Indian Medical Review
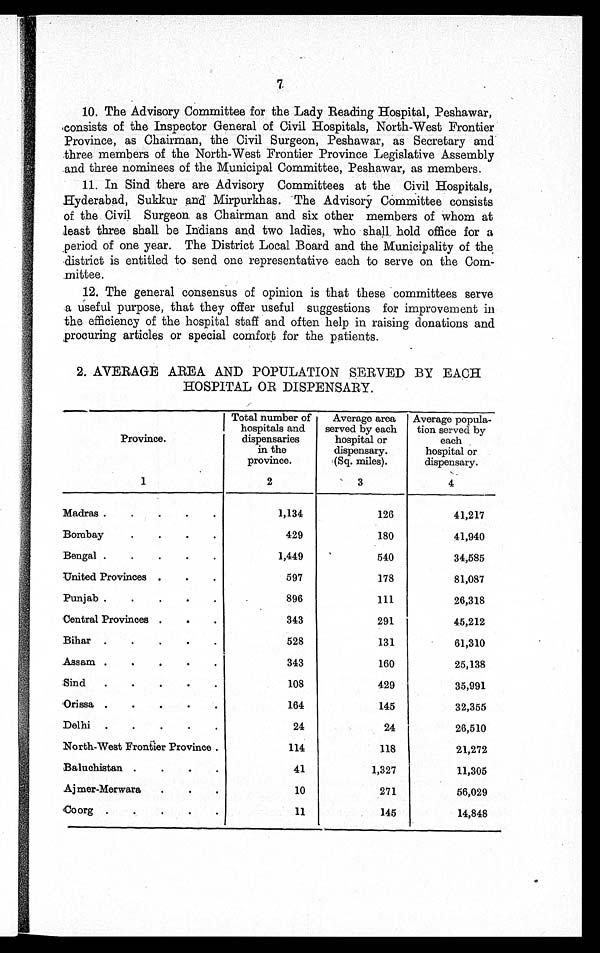
10. The Advisory Committee for the Lady Reading Hospital, Peshawar,
consists of the Inspector General of Civil Hospitals, North-West Frontier
Province, as Chairman, the Civil Surgeon, Peshawar, as Secretary and
three members of the North-West Frontier Province Legislative Assembly
and three nominees of the Municipal Committee, Peshawar, as members.
11. In Sind there are Advisory Committees at the Civil Hospitals,
Hyderabad, Sukkur and Mirpurkhas. The Advisory Committee consists
of the Civil Surgeon. as Chairman and six other members of whom at
least three shall be Indians and two ladies, who shall hold office for a
period of one year. The District Local Board and the Municipality of the
district is entitled to send one representative each to serve on the Co
m - m i t t e e .
12. The general consensus of opinion is that these committees serve
a useful purpose, that they offer useful suggestions for improvement in
the efficiency of the hospital staff and often help in raising donations and
procuring articles or special comfort for the patients.
2. AVERAGE AREA AND POPULATION SERVED BY EACH
HOSPITAL OR DISPENSARY.
Province.
Total number of hospital and
dispensaries
in the
province.
Average area served by each
hospital or
dispensary.
(Sq. miles).
Average popula-tion served by
each
hospital or
dispensary.
1
2
3
4
Madras . . .
1,134
126
41,217
Bombay . . .
429
180
41,940
Bengal . . .
1,449
540
34,585
United Provinces . . .
597
178
81,087
Punjab . . .
896
111
26,318
Central Provinces . . .
343
291
45,212
Bihar . . .
528
131
61,310
Assam . . .
343
160
25,138
Sind . . .
108
429
35,991
Orissa . . .
164
145
32,355
Delhi . . .
24
24
26,510
North-West Frontier Province . . .
114
118
21,272
Baluchistan . . .
41
1,327
11,305
Ajmer-Merwara . . .
10
271
56,029
Coorg . . .
11
145
14,848